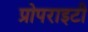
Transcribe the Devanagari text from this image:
प्रोपराइटी